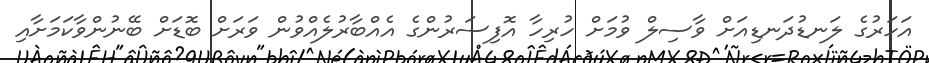
އަހަރުގެ ލަނޑުދަނޑިއަށް ވާސިލް ވުމަށް ހުރިހާ އޮފިސަރުންގެ އެއްބާރުލެއްވުން ވަރަށް ބޮޑަށް ބޭނުންވާކަމަށާއި